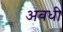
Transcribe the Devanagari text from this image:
अबधी